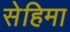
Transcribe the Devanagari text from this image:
सेहिमा